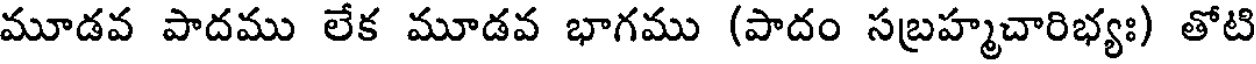
మూడవ పాదము లేక మూడవ భాగము (పాదం సబ్రహ్మచారిభ్యః) తోటి